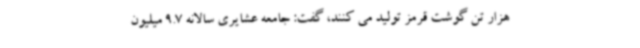
هزار تن گوشت قرمز تولید می کنند، گفت: جامعه عشایری سالانه 9.7 میلیون